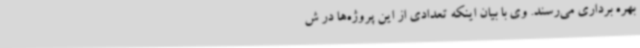
بهره برداری می‌رسند. وی با بیان اینکه تعدادی از این پروژه‌ها در ش